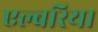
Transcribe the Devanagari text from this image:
एल्बरिया